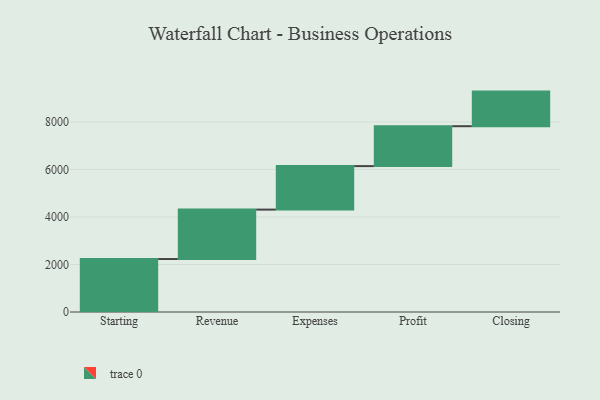
{"axis": {"x": "Step", "y": "Value"}, "legend": [""], "data": [{"x": "Starting", "y": 2230.0, "type": ""}, {"x": "Revenue", "y": 2081.0, "type": ""}, {"x": "Expenses", "y": 1831.0, "type": ""}, {"x": "Profit", "y": 1680.0, "type": ""}, {"x": "Closing", "y": 1457.0, "type": ""}]}